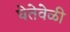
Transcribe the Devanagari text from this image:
घेतेवेळी